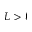
L > \ell